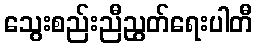
သွေးစည်းညီညွတ်ရေးပါတီ